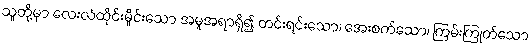
သူတို့မှာ လေးလံထိုင်းမှိုင်းသော အမူအရာရှိ၍ တင်းရင်းသော၊ အေးစက်သော၊ ကြမ်းကြုတ်သော